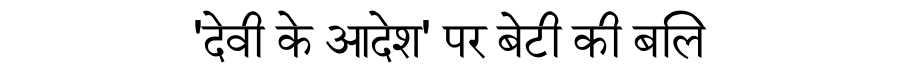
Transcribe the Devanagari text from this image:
'देवी के आदेश' पर बेटी की बलि